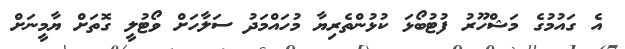
އެ ގައުމުގެ މަޝްހޫރު ފުޓުބޯޅަ ކުޅުންތެރިޔާ މުހައްމަދު ސަލާހަށް ވޯޓުލީ ގޮތަށް ޔާމީނަށް